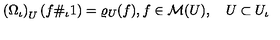
\left( \Omega _ { \iota } \right) _ { U } ( f \# _ { \iota } 1 ) = \varrho _ { U } ( f ) , \mathrm { } f \in { \cal M } ( U ) , \quad U \subset U _ { \iota }